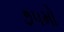
૭૫મો